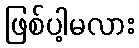
ဖြစ်ပါ့မလား